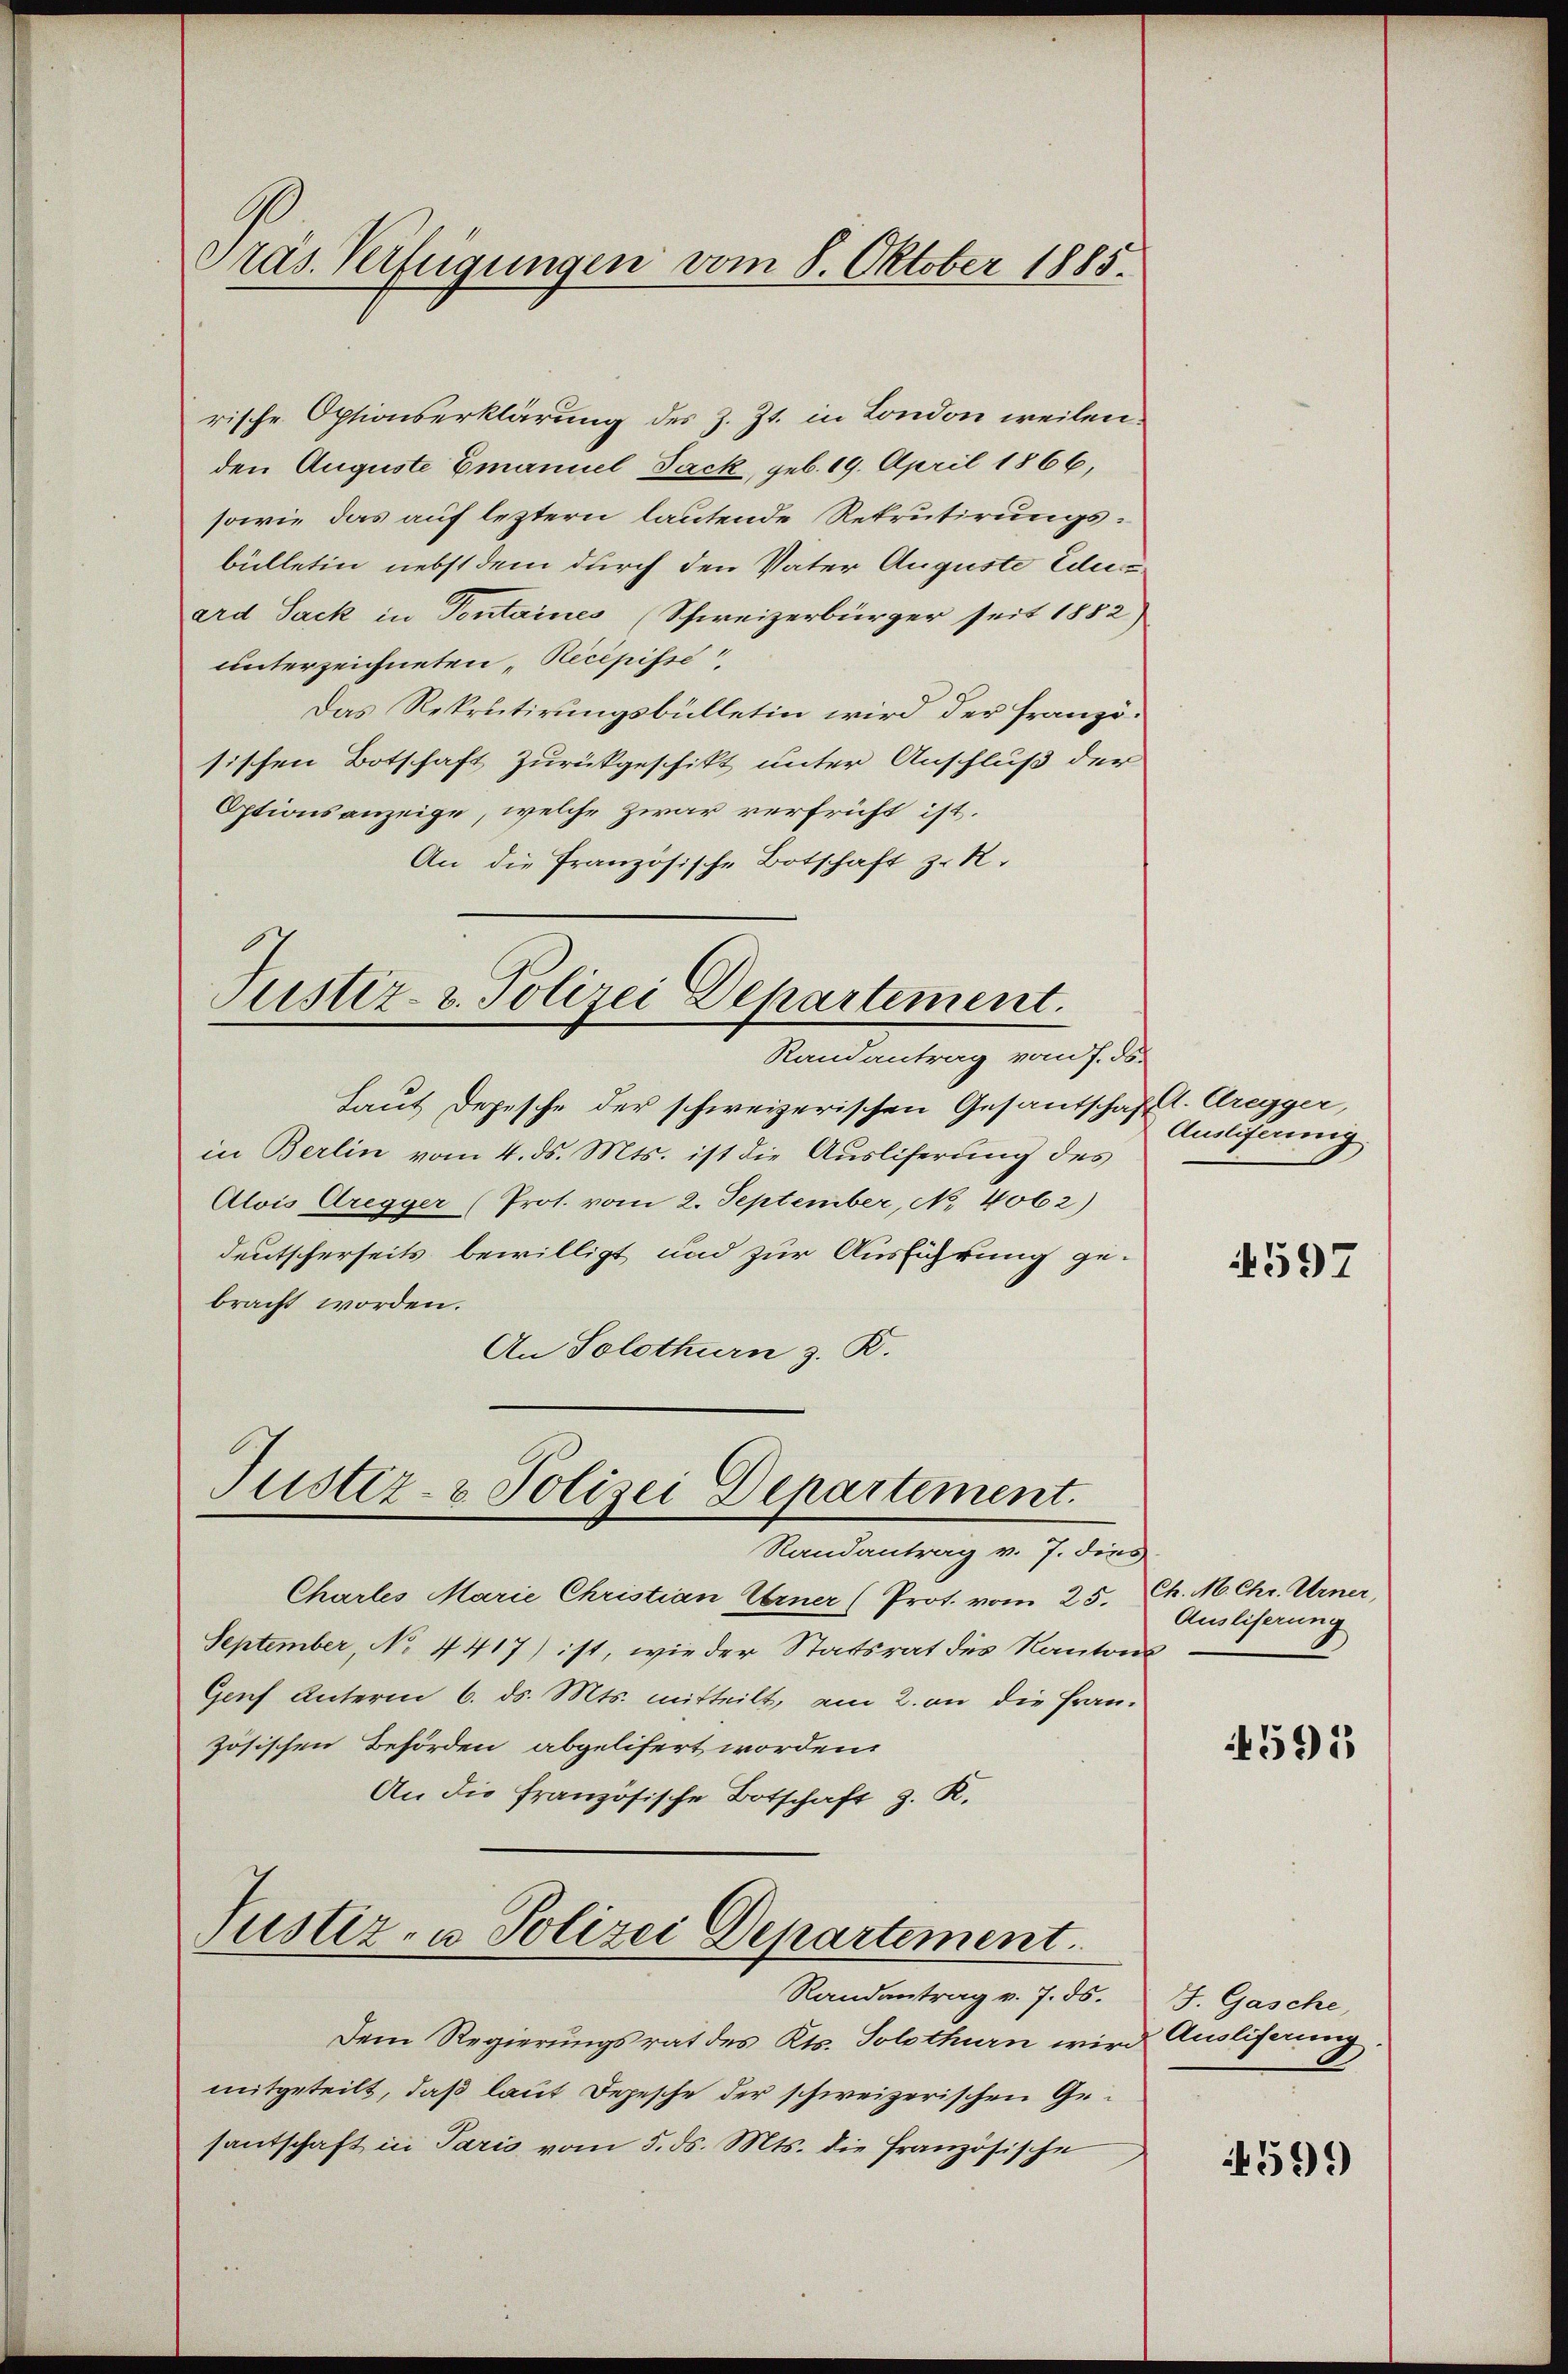
Präs. Verfügungen vom 8. Oktober 1885.

rische Optionserklärung des z. Zt. in London weilen.
den Auguste Emanuel Jack, geb. 19. April 1866,
sowie das auf leztern lautende Rekrutirungsbülletin nebst dem durch den Vater Auguste Ede
ard Sack in Pontaines (Schweizerbürger seit 1882)
unterzeichneten Recepisse
Das Rekrutirungsbülletin wird der französischen Botschaft zurückgeschikt unter Anschluß der
Optionsanzeige, welche zwar verfrüht ist.
An die Französische Botschaft z. R.

Justiz- & Polizei Departement.

Justiz- & Polizei Departement.

Randantrag vom 7. ds.
Laut Depesche der schweizerischen Gesandschaftl. Gregger,
in Berlin vom 4. ds. Mts. ist die Ausliferung des
Alois Gregger (Prot. vom 2. September, No. 4062)
deutscherseits bewilligt und zur Ausführung ge-
bracht worden.
An Solothurn z. R.

Ausliferinig

Randantrag v. 7. dies
Chartes Marie Christian Eerner (Prot. vom 25. Ch. M. Chr. Urner,
September, No 4417) ist, wie der Statsrat des Kantons
Genf Unterm 6. ds. Mts. mitteilt, am 2. an die Frauzösischen Behörden abgelifert worden.
An die französische Botschaft z. K.
Justiz- u. Polizei Departement.
Randantrag v. 7. ds.
Dem Regierungsrat des Kts. Solothurn wird Ausliferung
mitgeteilt, daß laut Depesche der schweizerischen Gesantschaft in Paris vom 5. ds. Mts. die französische

4597

Ausliserung

591

J. Gasche,

4599